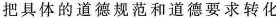
把具体的道德规范和道德要求转化